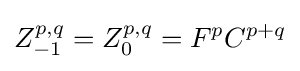
Z_{-1}^{p,q}=Z_{0}^{p,q}=F^{p}C^{p+q}